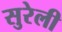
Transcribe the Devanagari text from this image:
सुरेली